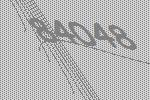
84048